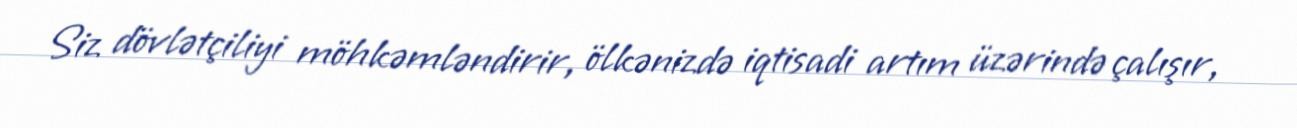
Siz dövlətçiliyi möhkəmləndirir, ölkənizdə iqtisadi artım üzərində çalışır,